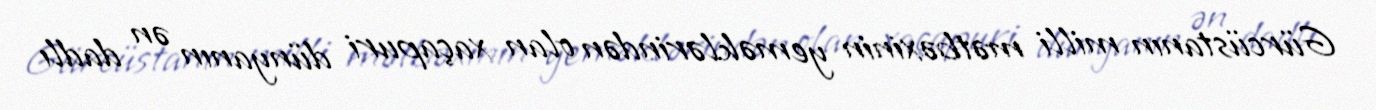
Gürcüstanın milli mətbəxinin yeməklərindən olan xaçapuri dünyanın ən dadlı